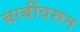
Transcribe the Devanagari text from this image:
बाबींवरून